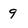
Character: 9